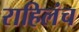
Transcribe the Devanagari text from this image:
राहिलंच